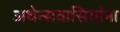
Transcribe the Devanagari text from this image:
अथेन्सवासियांना